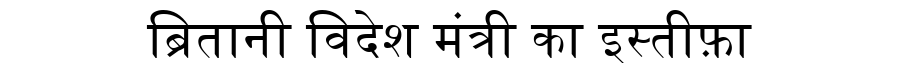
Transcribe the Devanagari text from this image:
ब्रितानी विदेश मंत्री का इस्तीफ़ा